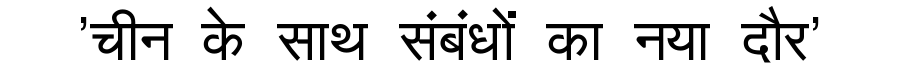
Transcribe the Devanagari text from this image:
'चीन के साथ संबंधों का नया दौर'